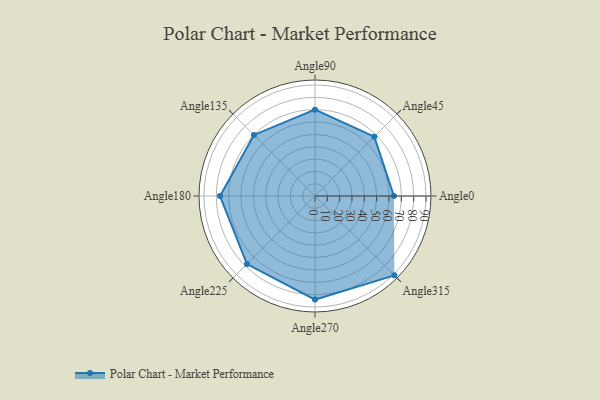
{"axis": {"x": "Angle", "y": "Radius"}, "legend": [""], "data": [{"x": "Angle0", "y": 64.0, "type": ""}, {"x": "Angle45", "y": 68.0, "type": ""}, {"x": "Angle90", "y": 70.0, "type": ""}, {"x": "Angle135", "y": 70.0, "type": ""}, {"x": "Angle180", "y": 77.0, "type": ""}, {"x": "Angle225", "y": 78.0, "type": ""}, {"x": "Angle270", "y": 84.0, "type": ""}, {"x": "Angle315", "y": 91.0, "type": ""}]}